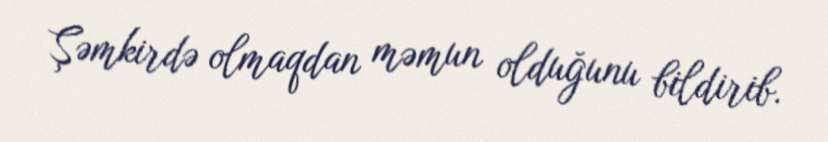
Şəmkirdə olmaqdan məmun olduğunu bildirib.